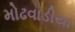
મોઢવાડીયા